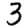
Digit: 3